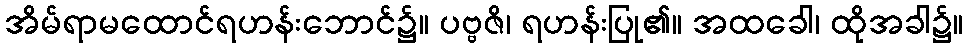
အိမ်ရာမထောင်ရဟန်းဘောင်၌။ ပဗ္ဗဇိ၊ ရဟန်းပြု၏။ အထခေါ၊ ထိုအခါ၌။